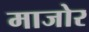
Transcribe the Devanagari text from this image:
माजोर